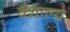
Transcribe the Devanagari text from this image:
वैशाल्य